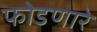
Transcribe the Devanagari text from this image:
फोडणारे